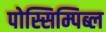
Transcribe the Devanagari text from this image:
पोस्सिम्पिब्ल